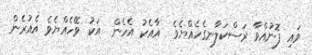
ވައި ފޮނުއްވާ ރަސްކަލާނގެހެއްޔެވެ  އާއެކު އެހެން  އަކު ވޭހެއްޔެވެ އެއުރެން